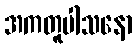
အကတူပါသနော